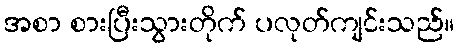
အစာ စားပြီးသွားတိုက် ပလုတ်ကျင်းသည်။